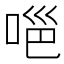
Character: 𭈊